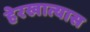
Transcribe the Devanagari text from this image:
हेरखात्यास